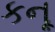
કનૂ